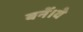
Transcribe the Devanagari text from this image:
बनें।वे